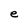
Character: e